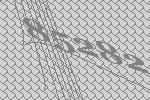
85282